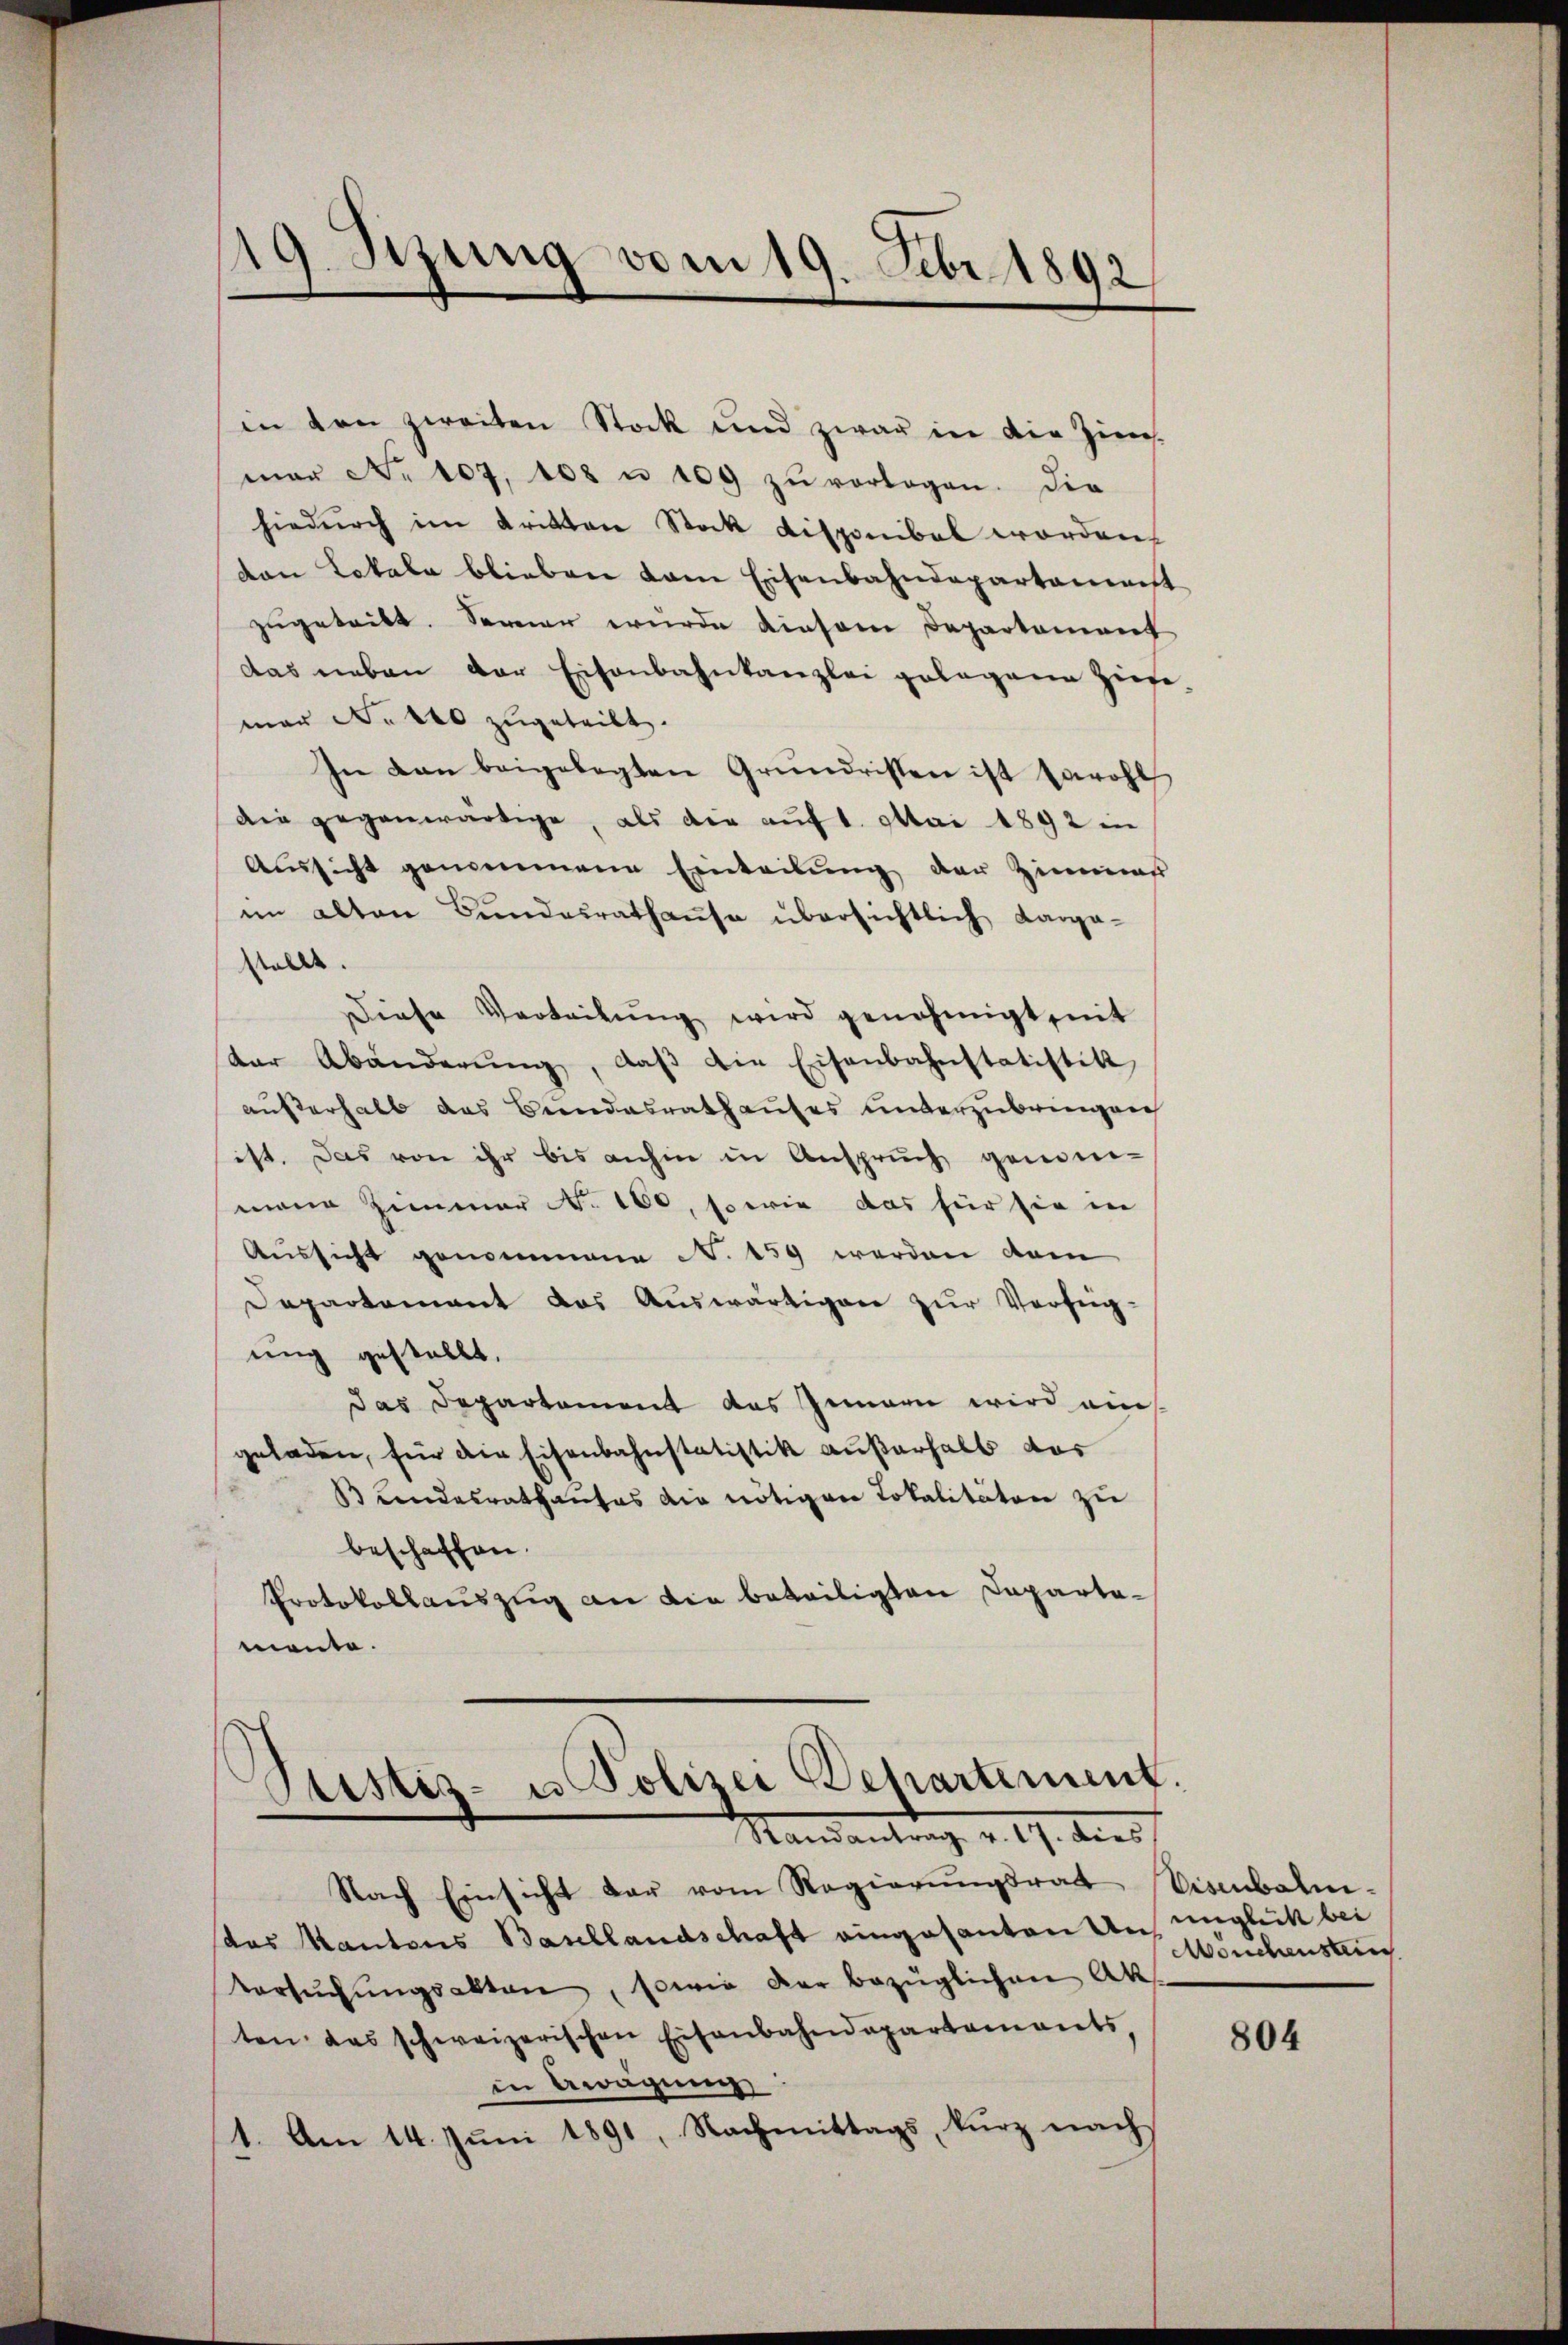
119. Sitzung vom 19. Febr. 1892

in den zweiten Stock und zwar in die Zins-
mor No 107. 108 u 100 zŭ vorlagen. Die
hiedurch im dritten Stock disponibel worden,
von Lokala blieben kam Eisenbahndepartament
zugetritt. Seiner wurde diesem Departement
das neben der Eisenbahnkanzlei gelegene Ziege.
mar Nr 40 zugeteilt.
In dan beigelegten Grŭndristen ist sowohl
die gegenwärtige, als die auf 1. Mai 1892 in
Aussicht genommene Einteilung der Zimmer
im alten Bundesrathause übersichtlich Aarga-
stellt.
Diese Verbeitŭng wird genehmigt, mit
der Abänderŭng, daβ die Eisenbahnstatistik
außerhalb das Bundesrathauses unterzubringen
ist. Das von ihr bis anhin in Anspruch gemein-
mann Zimmer No. 160, so wie das für sie in
Aussicht genommene N. 159 werden dem
Departement das Auswärtigen zur Verfüg-
ung gestellt.
das Departement das Innern wird ein
geladen, für die Eisenbahnstatistik außerhalb das
Bundesrathauses die nötigen Lokalitäten zu
beschaffen.
Protokollauszug an die beteiligten Departemante.

Ptistiz- u Polizei Departement.
Mandantung v. 19. dies

Nach Einsicht der vom Regierŭngsrat Eisenbahn-
das Kantons Basellandschaft eingesanten Aninglich bei
Versuchungsakten, sowie der bezüglichen Ak
ten das schweizerischen Eisenbahndepartements,
in Awägung
1. Am 14. Juni 1891, Nachmittags, kurz nach
2

Mouchenstein

804